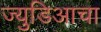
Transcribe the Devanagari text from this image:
ज्युडिआचा